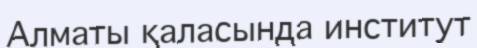
Алматы қаласында институт